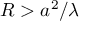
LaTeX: R > a ^ { 2 } / \lambda